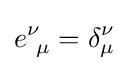
e_{\ \mu }^{\nu }=\delta _{\mu }^{\nu }